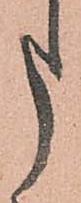
申